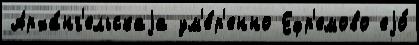
Арха́нг'ельскаjа ум'е́р'енно Ефр'емово еjо́